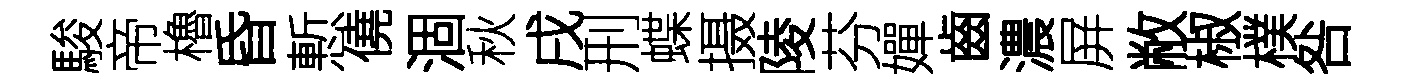
駿帝櫓昏慙僥涸秋戌刑蝶摄陵芬嬋齒濃屏敝椒樸咎